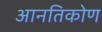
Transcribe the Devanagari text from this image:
आनतिकोण